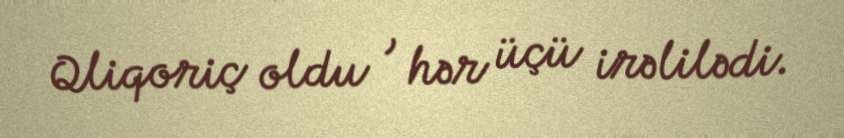
Qliqoriç oldu , hər üçü irəlilədi.